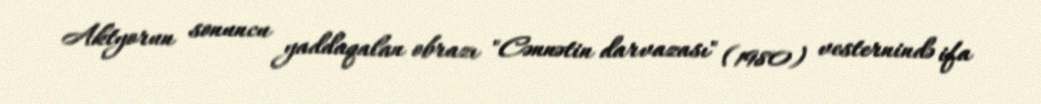
Aktyorun sonuncu yaddaqalan obrazı "Cənnətin darvazası" (1980) vesternində ifa